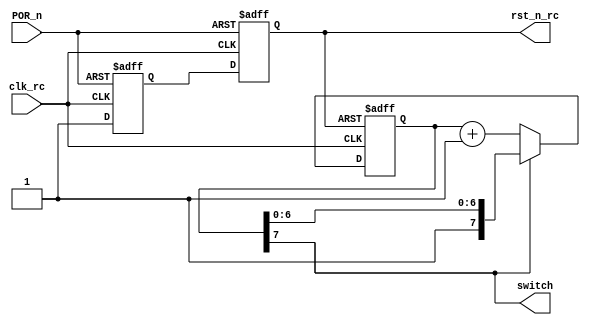
module delay (
	input clk_rc ,
	input POR_n  ,

	output wire switch	,
	output reg rst_n_rc
);
	

	// Asynchronous reset, synchronous release
	reg rst_n_rc_pre ;
	// reg rst_n_rc     ;

	always @(posedge clk_rc or negedge POR_n) begin
		if (POR_n == 1'b0) begin
			rst_n_rc_pre <= 1'b0 ;
			rst_n_rc     <= 1'b0 ;
		end
		else begin
			rst_n_rc_pre <= 1'b1         ;
			rst_n_rc     <= rst_n_rc_pre ;
		end
	end

	// count to 128, switch set
	reg [7:0] cnt ;
	assign switch = cnt[7] ;
	always @(posedge clk_rc or negedge rst_n_rc) begin
		if (rst_n_rc == 1'b0) begin
			cnt <= 8'b0000_0000 ;
		end
		else if (switch == 1'b0) begin
				cnt <= cnt + 1'b1 ;
			end
	end

endmodule